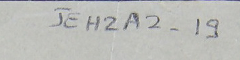
JEH2A2-19